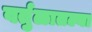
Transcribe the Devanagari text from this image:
वर्तुळातल्या